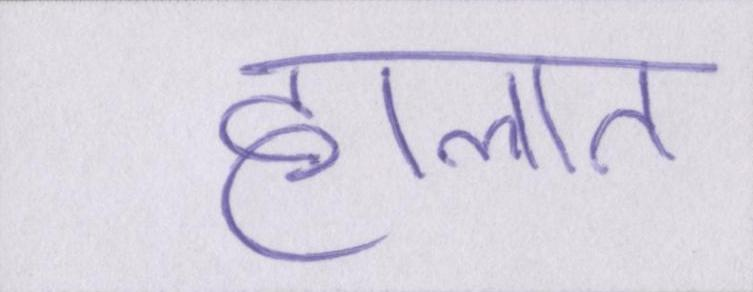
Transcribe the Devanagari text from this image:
हालात